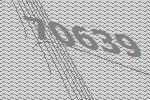
70639